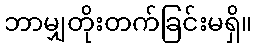
ဘာမျှတိုးတက်ခြင်းမရှိ။